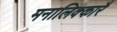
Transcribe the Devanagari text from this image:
मनालिक्कारै